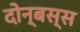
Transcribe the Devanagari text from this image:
दोन्बस्स